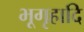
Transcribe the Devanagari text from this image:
भूगृहादि